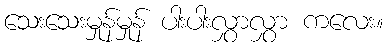
သေးသေးမှုန်မှုန် ပါးပါးလွှာလွှာ ကလေး။